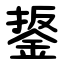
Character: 鋬